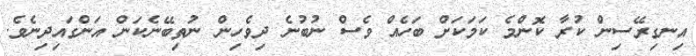
އިނގިރޭސިން ކުރާ ކޮންމެ ކަމަކަށް ބަހެއް ވެސް ނުބުނެ ދިވެހިން ނުތިބޭނެކަން އަންގައިދިނެވެ.